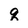
Character: q